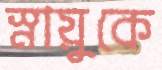
স্নায়ুকে